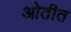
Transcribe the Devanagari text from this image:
ओतीत